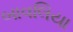
બાવલિયા